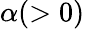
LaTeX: \alpha(>0)